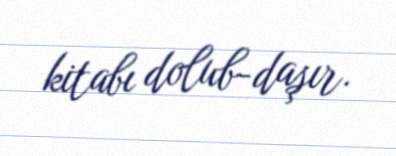
kitabı dolub-daşır.